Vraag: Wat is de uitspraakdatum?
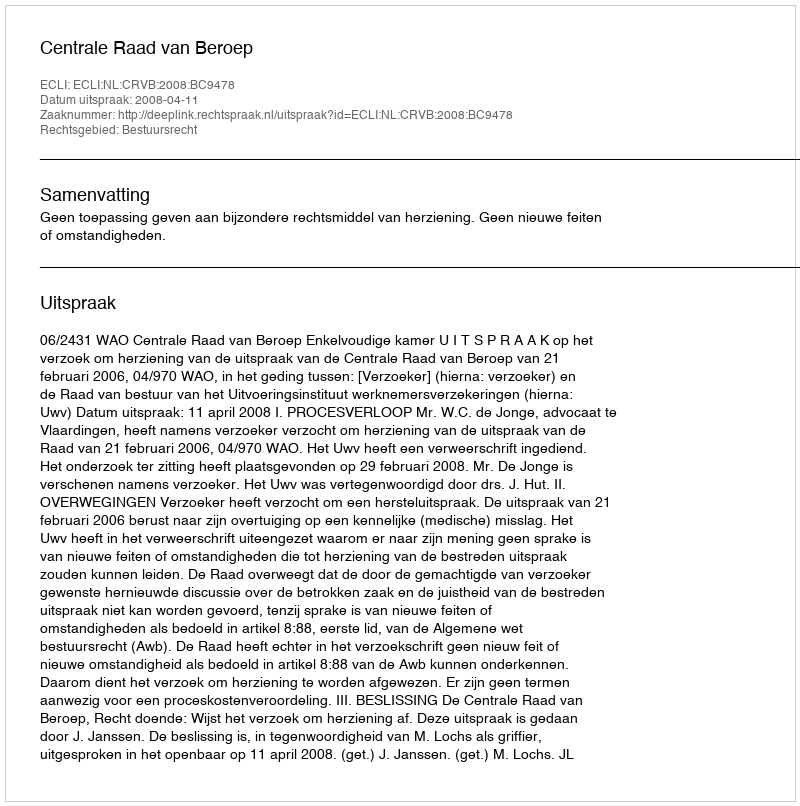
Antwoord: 2008-04-11